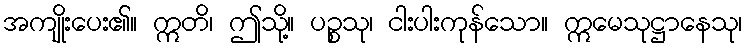
အကျိုးပေး၏။ ဣတိ၊ ဤသို့။ ပဉ္စသု၊ ငါးပါးကုန်သော။ ဣမေသုဋ္ဌာနေသု၊